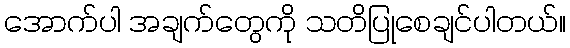
အောက်ပါ အချက်တွေကို သတိပြုစေချင်ပါတယ်။